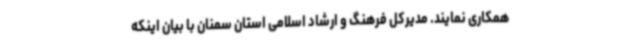
همکاری نمایند. مدیرکل فرهنگ و ارشاد اسلامی استان سمنان با بیان اینکه